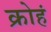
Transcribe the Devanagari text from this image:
क्रोहं